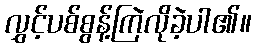
လွှင့်ပစ်စွန့်ကြဲလိုခဲ့ပါ၏။